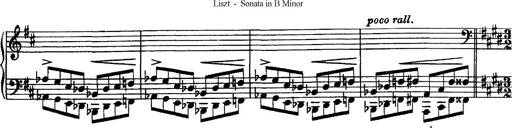
Title: Piano Sonata
Composer: Karl HÃ¤ssler
Key: C major